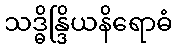
သဒ္ဓိန္ဒြိယနိရောဓံ